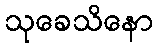
သုခေသိနော